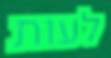
לעות